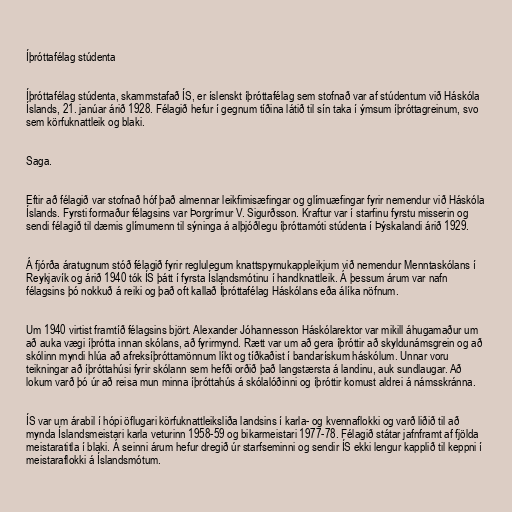
Íþróttafélag stúdenta

Íþróttafélag stúdenta, skammstafað ÍS, er íslenskt íþróttafélag sem stofnað var af stúdentum við Háskóla
Íslands, 21. janúar árið 1928. Félagið hefur í gegnum tíðina látið til sín taka í ýmsum íþróttagreinum, svo
sem körfuknattleik og blaki.

Saga.

Eftir að félagið var stofnað hóf það almennar leikfimisæfingar og glímuæfingar fyrir nemendur við Háskóla
Íslands. Fyrsti formaður félagsins var Þorgrímur V. Sigurðsson. Kraftur var í starfinu fyrstu misserin og
sendi félagið til dæmis glímumenn til sýninga á alþjóðlegu íþróttamóti stúdenta í Þýskalandi árið 1929.

Á fjórða áratugnum stóð félagið fyrir reglulegum knattspyrnukappleikjum við nemendur Menntaskólans í
Reykjavík og árið 1940 tók ÍS þátt í fyrsta Íslandsmótinu í handknattleik. Á þessum árum var nafn
félagsins þó nokkuð á reiki og það oft kallað Íþróttafélag Háskólans eða álíka nöfnum.

Um 1940 virtist framtíð félagsins björt. Alexander Jóhannesson Háskólarektor var mikill áhugamaður um
að auka vægi íþrótta innan skólans, að fyrirmynd. Rætt var um að gera íþróttir að skyldunámsgrein og að
skólinn myndi hlúa að afreksíþróttamönnum líkt og tíðkaðist í bandarískum háskólum. Unnar voru
teikningar að íþróttahúsi fyrir skólann sem hefði orðið það langstærsta á landinu, auk sundlaugar. Að
lokum varð þó úr að reisa mun minna íþróttahús á skólalóðinni og íþróttir komust aldrei á námsskránna.

ÍS var um árabil í hópi öflugari körfuknattleiksliða landsins í karla- og kvennaflokki og varð liðið til að
mynda Íslandsmeistari karla veturinn 1958-59 og bikarmeistari 1977-78. Félagið státar jafnframt af fjölda
meistaratitla í blaki. Á seinni árum hefur dregið úr starfseminni og sendir ÍS ekki lengur kapplið til keppni í
meistaraflokki á Íslandsmótum.